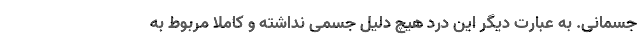
جسمانی. به عبارت دیگر این درد هیچ دلیل جسمی نداشته و کاملا مربوط به